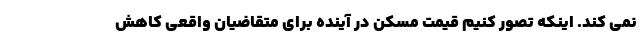
نمی کند. اینکه تصور کنیم قیمت مسکن در آینده برای متقاضیان واقعی کاهش